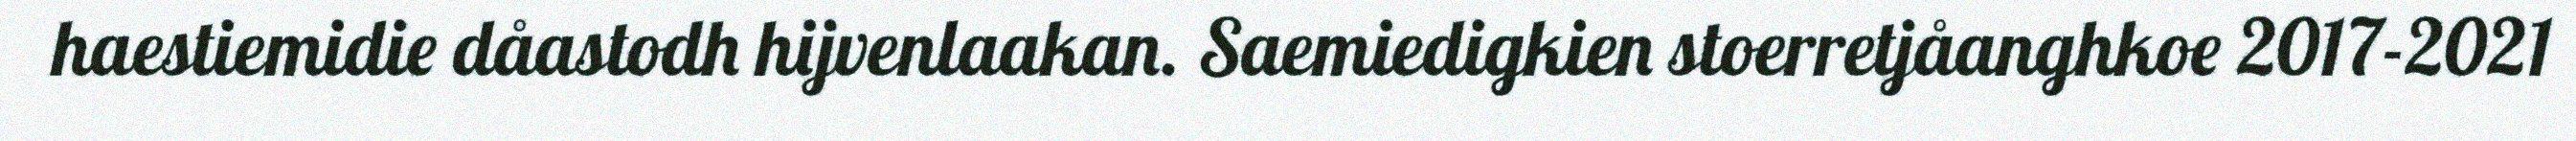
haestiemidie dåastodh hijvenlaakan. Saemiedigkien stoerretjåanghkoe 2017-2021